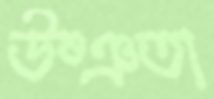
উষ্ঞতা